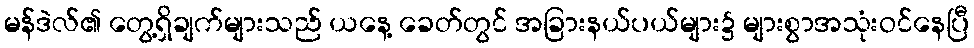
မန်ဒဲလ်၏ တွေ့ရှိချက်များသည် ယနေ့ ခေတ်တွင် အခြားနယ်ပယ်များ၌ များစွာအသုံးဝင်နေပြီ